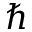
\hbar